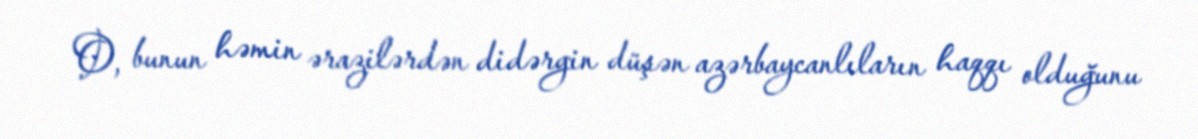
O, bunun həmin ərazilərdən didərgin düşən azərbaycanlıların haqqı olduğunu